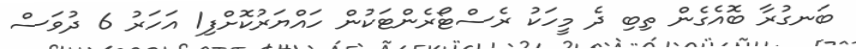
ބަނގުރާ ބޮއެގެން ތިބި ދެ މީހަކު ރެސްޓޯރެންޓަކުން ހައްޔަރުކޮށްފި1 އަހަރު 6 ދުވަސް